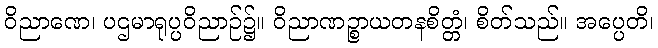
ဝိညာဏေ၊ ပဌမာရုပ္ပဝိညာဉ်၌။ ဝိညာဏဉ္စာယတနစိတ္တံ၊ စိတ်သည်။ အပ္ပေတိ၊